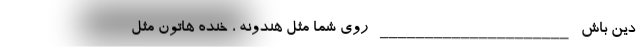
دین باش _____________________ روی شما مثل هندونه ، خنده هاتون مثل